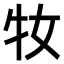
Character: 𤘙